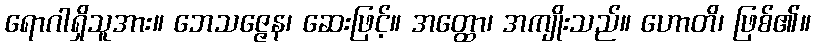
ရောဂါရှိသူအား။ ဘေသဇ္ဇေန၊ ဆေးဖြင့်။ အတ္ထော၊ အကျိုးသည်။ ဟောတိ၊ ဖြစ်၏။